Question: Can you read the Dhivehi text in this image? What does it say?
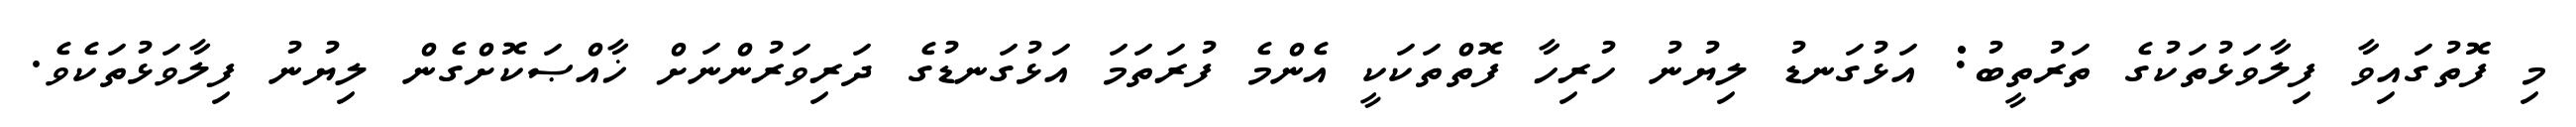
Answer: މި ފޮތުގައިވާ ފިލާވަޅުތަކުގެ ތަރުތީބު: އަޅުގަނޑު ލިޔުނު ހުރިހާ ފޮތްތަކަކީ އެންމެ ފުރަތަމަ އަޅުގަނޑުގެ ދަރިވަރުންނަށް ޚާއްޞަކޮށްގެން ލިޔުނު ފިލާވަޅުތަކެވެ.